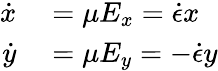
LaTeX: \begin{array}{rl}{\dot{x}}&{{}=\mu E_{x}=\dot{\epsilon}x}\\ {\dot{y}}&{{}=\mu E_{y}=-\dot{\epsilon}y}\end{array}